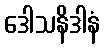
ဒေါသနိဒါနံ